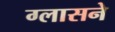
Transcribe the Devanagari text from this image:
ग्लासने